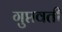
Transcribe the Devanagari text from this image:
गुप्तवती